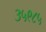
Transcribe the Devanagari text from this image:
३५९८५